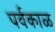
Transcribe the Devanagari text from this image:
पर्वकाळ